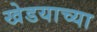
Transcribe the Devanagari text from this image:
खेडयाच्या